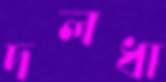
দলধা